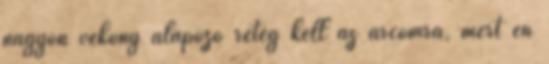
nagyon vékony alapozó réteg kell az arcomra, mert én